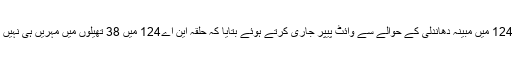
میڈیا رپورٹس کے مطابق پیر کے روز اعتزاز احسن نے این اے 124 میں مبینہ دھاندلی کے حوالے سے وائٹ پیپر جاری کرتے ہوئے بتایا کہ حلقہ این اے124 میں 38 تھیلوں میں مہریں ہی نہیں ہیں جبکہ107 پولنگ سٹیشن کے تھیلے سربمہر نہیں کئے گئے ۔